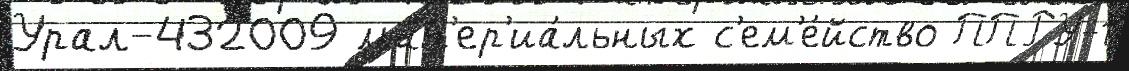
Урал-432009 мат'ер'иа́льных с'ем'е́йство ППРУ-1